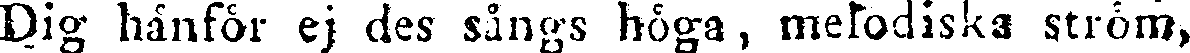
Dig hänför ej des sångs höga, metodiska ström,